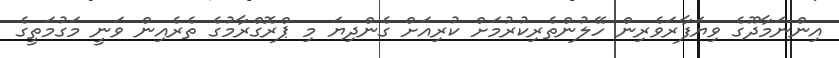
އިންނަމާދޫގެ ވިޔަފާރަވެރިން ހޭލުންތެރިކުރުމަށް ކުރިއަށް ގެންދިޔަ މި ޕްރޮގްރާމުގެ ތެރެއިން ވަނީ މަގުމަތީގެ